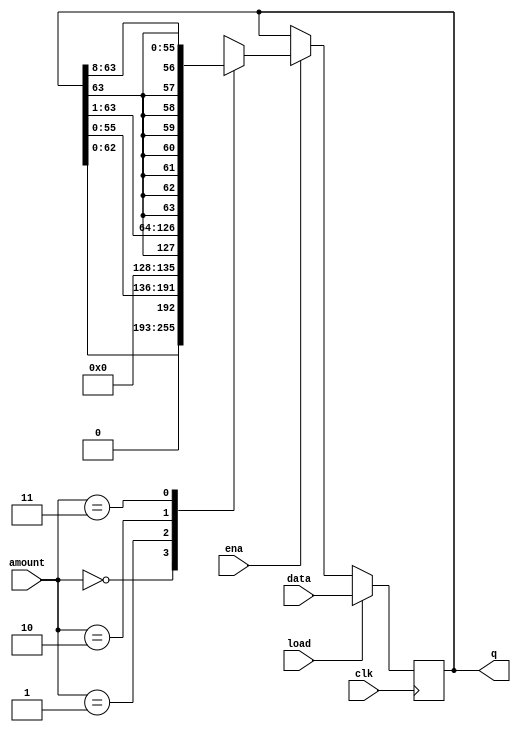
`default_nettype none
module top_module(
    input clk,
    input load,
    input ena,
    input [1:0] amount,
    input [63:0] data,
    output reg [63:0] q); 

    always@(posedge clk) begin
        if(load)
            q<=data;
        else begin
            if(~ena)
                q<=q;
            else begin
                case(amount)
                    2'b00: q<=q<<<1;
                    2'b01: q<=q<<<8;
                    //q >>> 1 and q >>> 8 did not work, not sure why ?
                   //syntax for replication  { {2{1}}, 0,0} -> 1100
                    2'b10: q<={q[63],q[63:1]};
                    2'b11: q<={ {8{q[63]}},q[63:8] };
                endcase
            end
        end
    end
endmodule